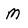
Character: M